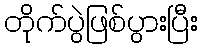
တိုက်ပွဲဖြစ်ပွားပြီး